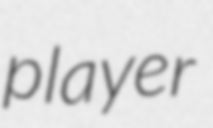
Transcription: player